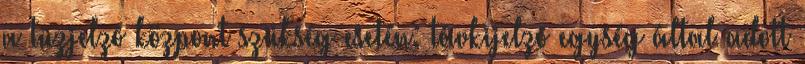
a tûzjelzõ központ szükség esetén: távkijelzõ egység által adott